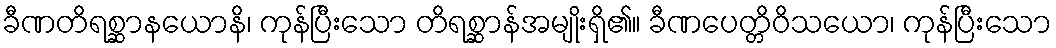
ခီဏတိရစ္ဆာနယောနိ၊ ကုန်ပြီးသော တိရစ္ဆာန်အမျိုးရှိ၏။ ခီဏပေတ္တိဝိသယော၊ ကုန်ပြီးသော